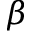
\beta